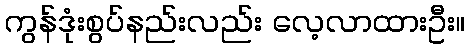
ကွန်ဒုံးစွပ်နည်းလည်း လေ့လာထားဦး။